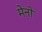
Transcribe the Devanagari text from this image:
मेनो